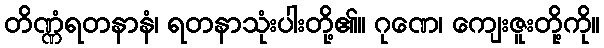
တိဏ္ဏံရတနာနံ၊ ရတနာသုံးပါးတို့၏။ ဂုဏေ၊ ကျေးဇူးတို့ကို။